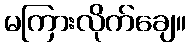
မကြားလိုက်ချေ။